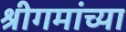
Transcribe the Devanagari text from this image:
श्रीगमांच्या